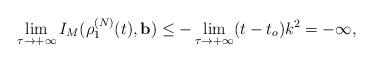
LaTeX: \begin{align*}\lim_{\tau \rightarrow +\infty }I_{M}(\rho _{1}^{(N)}(t),\mathbf{b})\leq-\lim_{\tau \rightarrow +\infty }(t-t_{o})k^{2}=-\infty ,\end{align*}